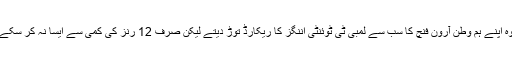
وہ اپنے ہم وطن آرون فنچ کا سب سے لمبی ٹی ٹوئنٹی اننگز کا ریکارڈ توڑ دیتے لیکن صرف 12 رنز کی کمی سے ایسا نہ کر سکے۔